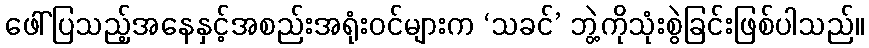
ဖေါ်ပြသည့်အနေနှင့်အစည်းအရုံးဝင်များက ‘သခင်’ ဘွဲ့ကိုသုံးစွဲခြင်းဖြစ်ပါသည်။